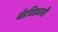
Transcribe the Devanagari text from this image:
बँडविडवरही